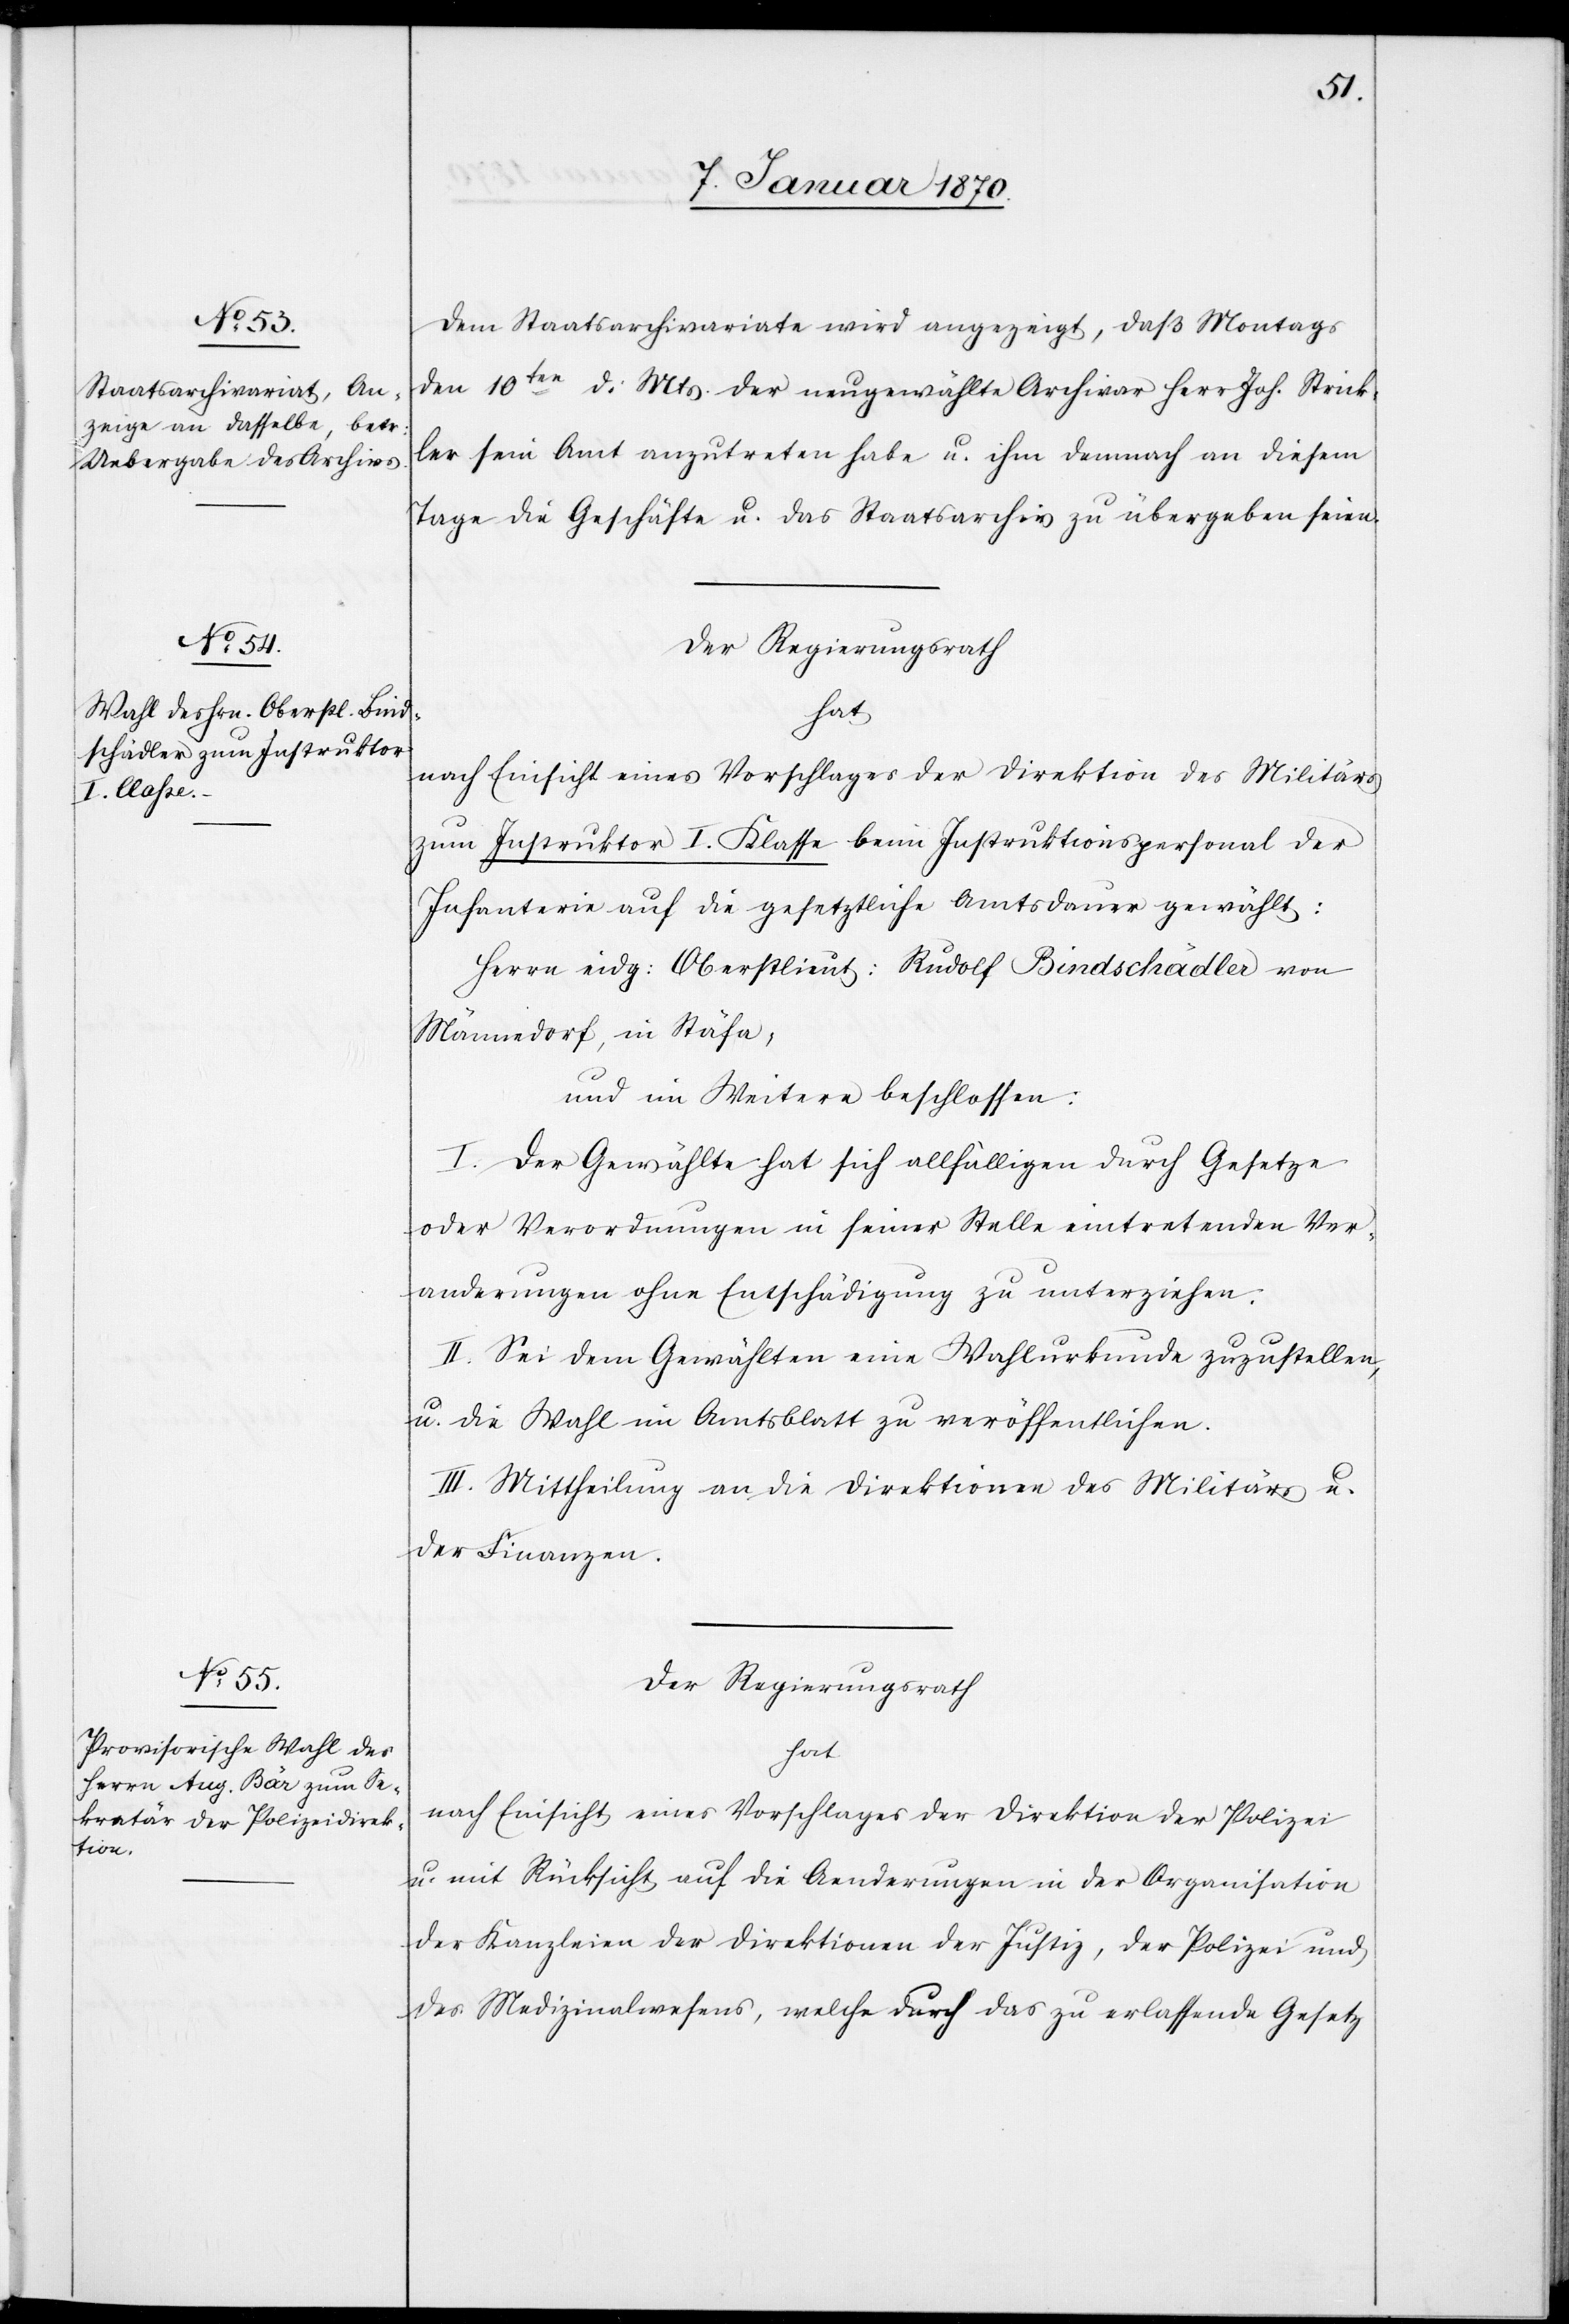
Dem Staatsarchivariate wird angezeigt, daß Montags
den 10ten d. Mts. der neugewählte Archivar Herr Joh. Strick¬
ler sein Amt anzutreten habe u. ihm demnach an diesem
Tage die Geschäfte u. das Staatsarchiv zu übergeben seien.
Der Regierungsrath
hat
nach Einsicht eines Vorschlages der Direktion des Militärs
zum Instruktor I. Klasse beim Instruktionspersonal der
Infanterie auf die gesetztliche Amtsdauer gewählt:
Herrn eidg: Oberstlieut: Rudolf Bindschädler von
Männedorf, in Stäfa,
und im Weitern beschlossen:
I. Der Gewählte hat sich allfälligen durch Gesetze
oder Verordnungen in seiner Stelle eintretenden Ver¬
änderungen ohne Entschädigung zu unterziehen.
II. Sei dem Gewählten eine Wahlurkunde zuzustellen,
u. die Wahl im Amtsblatt zu veröffentlichen.
III. Mittheilung an die Direktionen des Militärs u.
der Finanzen.
Der Regierungsrath
hat
nach Einsicht eines Vorschlages der Direktion der Polizei
u. mit Rücksicht auf die Aenderungen in der Organisation
der Kanzleien der Direktionen der Justiz, der Polizei und
des Medizinalwesens, welche durch das zu erlassende Gesetz